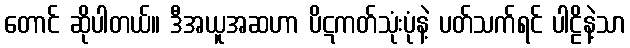
တောင် ဆိုပါတယ်။ ဒီအယူအဆဟာ ပိဋကတ်သုံးပုံနဲ့ ပတ်သက်ရင် ပါဠိနဲ့သာ